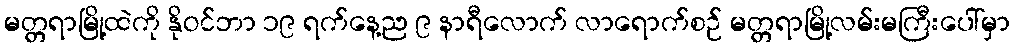
မတ္တရာမြို့ထဲကို နိုဝင်ဘာ ၁၉ ရက်နေ့ည ၉ နာရီလောက် လာရောက်စဉ် မတ္တရာမြို့လမ်းမကြီးပေါ်မှာ